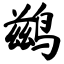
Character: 鹚